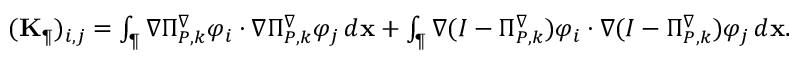
\begin{array} { r } { ( \mathbf { K } _ { \P } ) _ { i , j } = \int _ { \P } \nabla \Pi _ { { P } , k } ^ { \nabla } \varphi _ { i } \cdot \nabla \Pi _ { { P } , k } ^ { \nabla } \varphi _ { j } \, d \mathbf { x } + \int _ { \P } \nabla ( I - \Pi _ { { P } , k } ^ { \nabla } ) \varphi _ { i } \cdot \nabla ( I - \Pi _ { { P } , k } ^ { \nabla } ) \varphi _ { j } \, d \mathbf { x } . } \end{array}